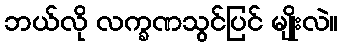
ဘယ်လို လက္ခဏသွင်ပြင် မျိုးလဲ။